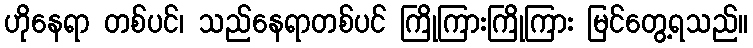
ဟိုနေရာ တစ်ပင်၊ သည်နေရာတစ်ပင် ကြိုကြားကြိုကြား မြင်တွေ့ရသည်။